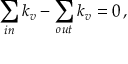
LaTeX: \sum _ { i n } k _ { v } - \sum _ { o u t } k _ { v } = 0 \, ,